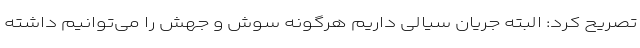
تصریح کرد: البته جریان سیالی داریم هرگونه سوش و جهش را می‌توانیم داشته